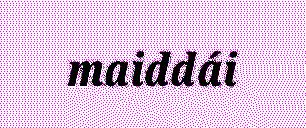
maiddái